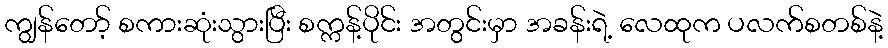
ကျွန်တော့် စကားဆုံးသွားပြီး စက္ကန့်ပိုင်း အတွင်းမှာ အခန်းရဲ့ လေထုက ပလက်စတစ်နဲ့